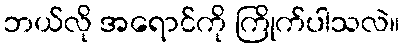
ဘယ်လို အရောင်ကို ကြိုက်ပါသလဲ။